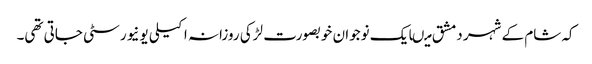
کہ شام کے شہر دمشق میںایک نوجوان خوبصورت لڑکی روزانہ اکیلی یونیورسٹی جاتی تھی۔